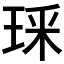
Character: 𭹏